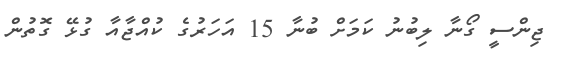
ޖިންސީ ގޯނާ ލިބުނު ކަމަށް ބުނާ 15 އަހަރުގެ ކުއްޖާއާ ގުޅޭ ގޮތުން